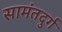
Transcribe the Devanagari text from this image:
सामंतदुर्ग